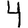
Digit: 4